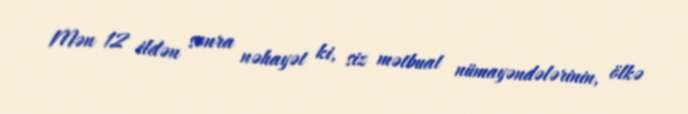
Mən 12 ildən sonra nəhayət ki, siz mətbuat nümayəndələrinin, ölkə